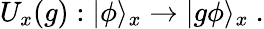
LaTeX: U_{x}(g):|\phi\rangle_{x}\to|g\phi\rangle_{x}~.